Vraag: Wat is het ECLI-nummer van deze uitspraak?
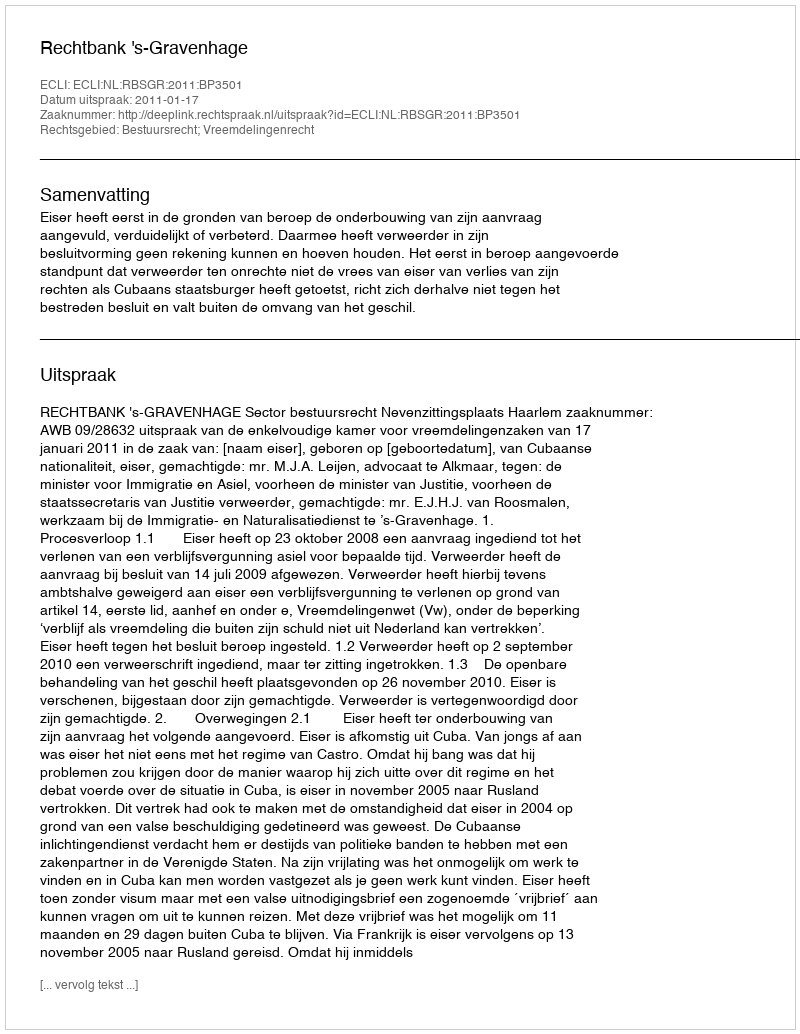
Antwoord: ECLI:NL:RBSGR:2011:BP3501